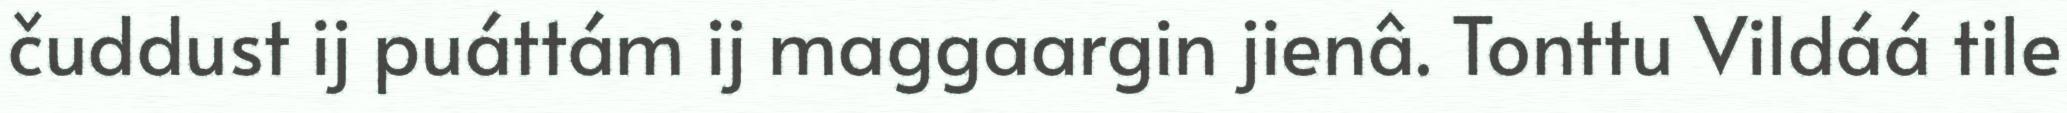
čuddust ij puáttám ij maggaargin jienâ. Tonttu Vildáá tile